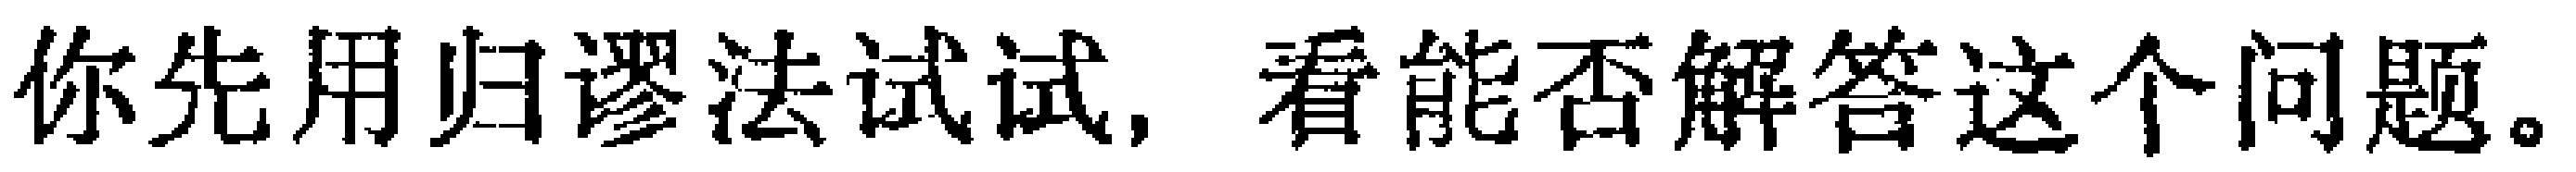
你先用归谬法试试，看能否解答这个问题。